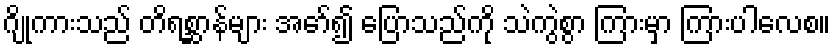
ဂျိုကားသည် တိရစ္ဆာန်များ အော်၍ ပြောသည်ကို သဲကွဲစွာ ကြားမှာ ကြားပါလေစ။